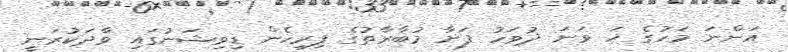
އަންނަ މަހުގެ ހަ ވަނަ ދުވަހު ފަށާ މުބާރާތުގެ ފިރިހެން ޑިވިޝަނުގައި ވާދަކުރަނީ